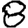
Digit: 8